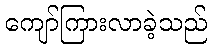
ကျော်ကြားလာခဲ့သည်